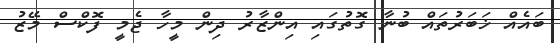
ބައެއް ޚަބަރުތައް ބުނާ ގޮތުގައި އިންޒާރު ދިން މީހާ ޖެމީ ފޮކްސް މޭޒު